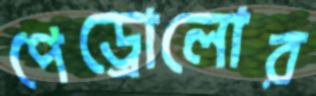
পেড্রোলোর